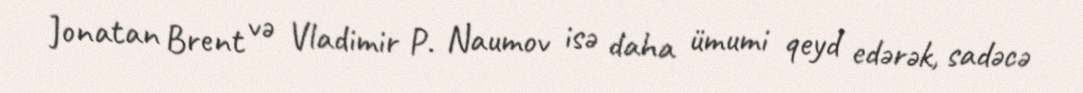
Jonatan Brent və Vladimir P. Naumov isə daha ümumi qeyd edərək, sadəcə